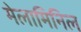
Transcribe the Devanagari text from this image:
मेलामिनिल